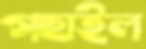
গছাইল